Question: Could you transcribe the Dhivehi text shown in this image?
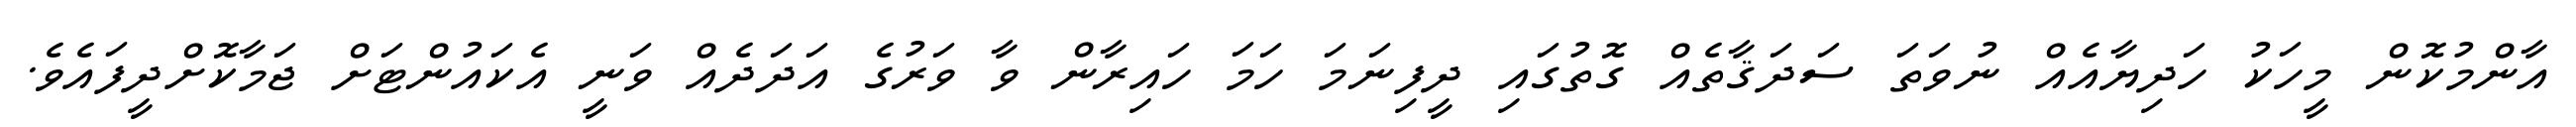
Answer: އާންމުކޮން މީހަކު ހަދިޔާއެއް ނުވަތަ ސަދަޤާތެއް ގޮތުގައި ދީފިނަމަ ހަމަ ހައިރާން ވާ ވަރުގެ އަދަދެއް ވަނީ އެކައުންޓަށް ޖަމާކޮށްދީފައެވެ.